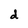
Character: d